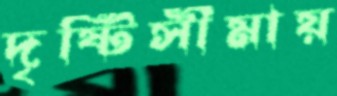
দৃষ্টিসীমায়